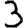
Digit: 3